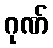
ဂုဏ်